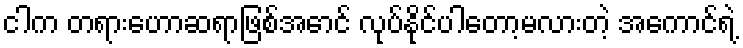
ငါက တရားဟောဆရာဖြစ်အောင် လုပ်နိုင်ပါတော့မလားတဲ့ အကောင်ရဲ့